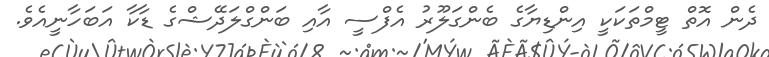
ދެން އޮތް ޓީމްތަކަކީ އިންޑިޔާގެ ބެންގަލޫރު އެފްސީ އާއި ބަންގްލަދޭޝްގެ ޑާކާ އަބަހާނީއެވެ.